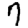
Digit: 7